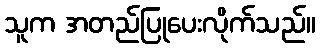
သူက အတည်ပြုပေးလိုက်သည်။